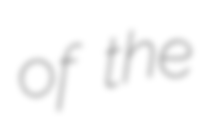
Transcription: of the